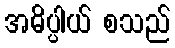
အဓိပ္ပါယ် စသည်